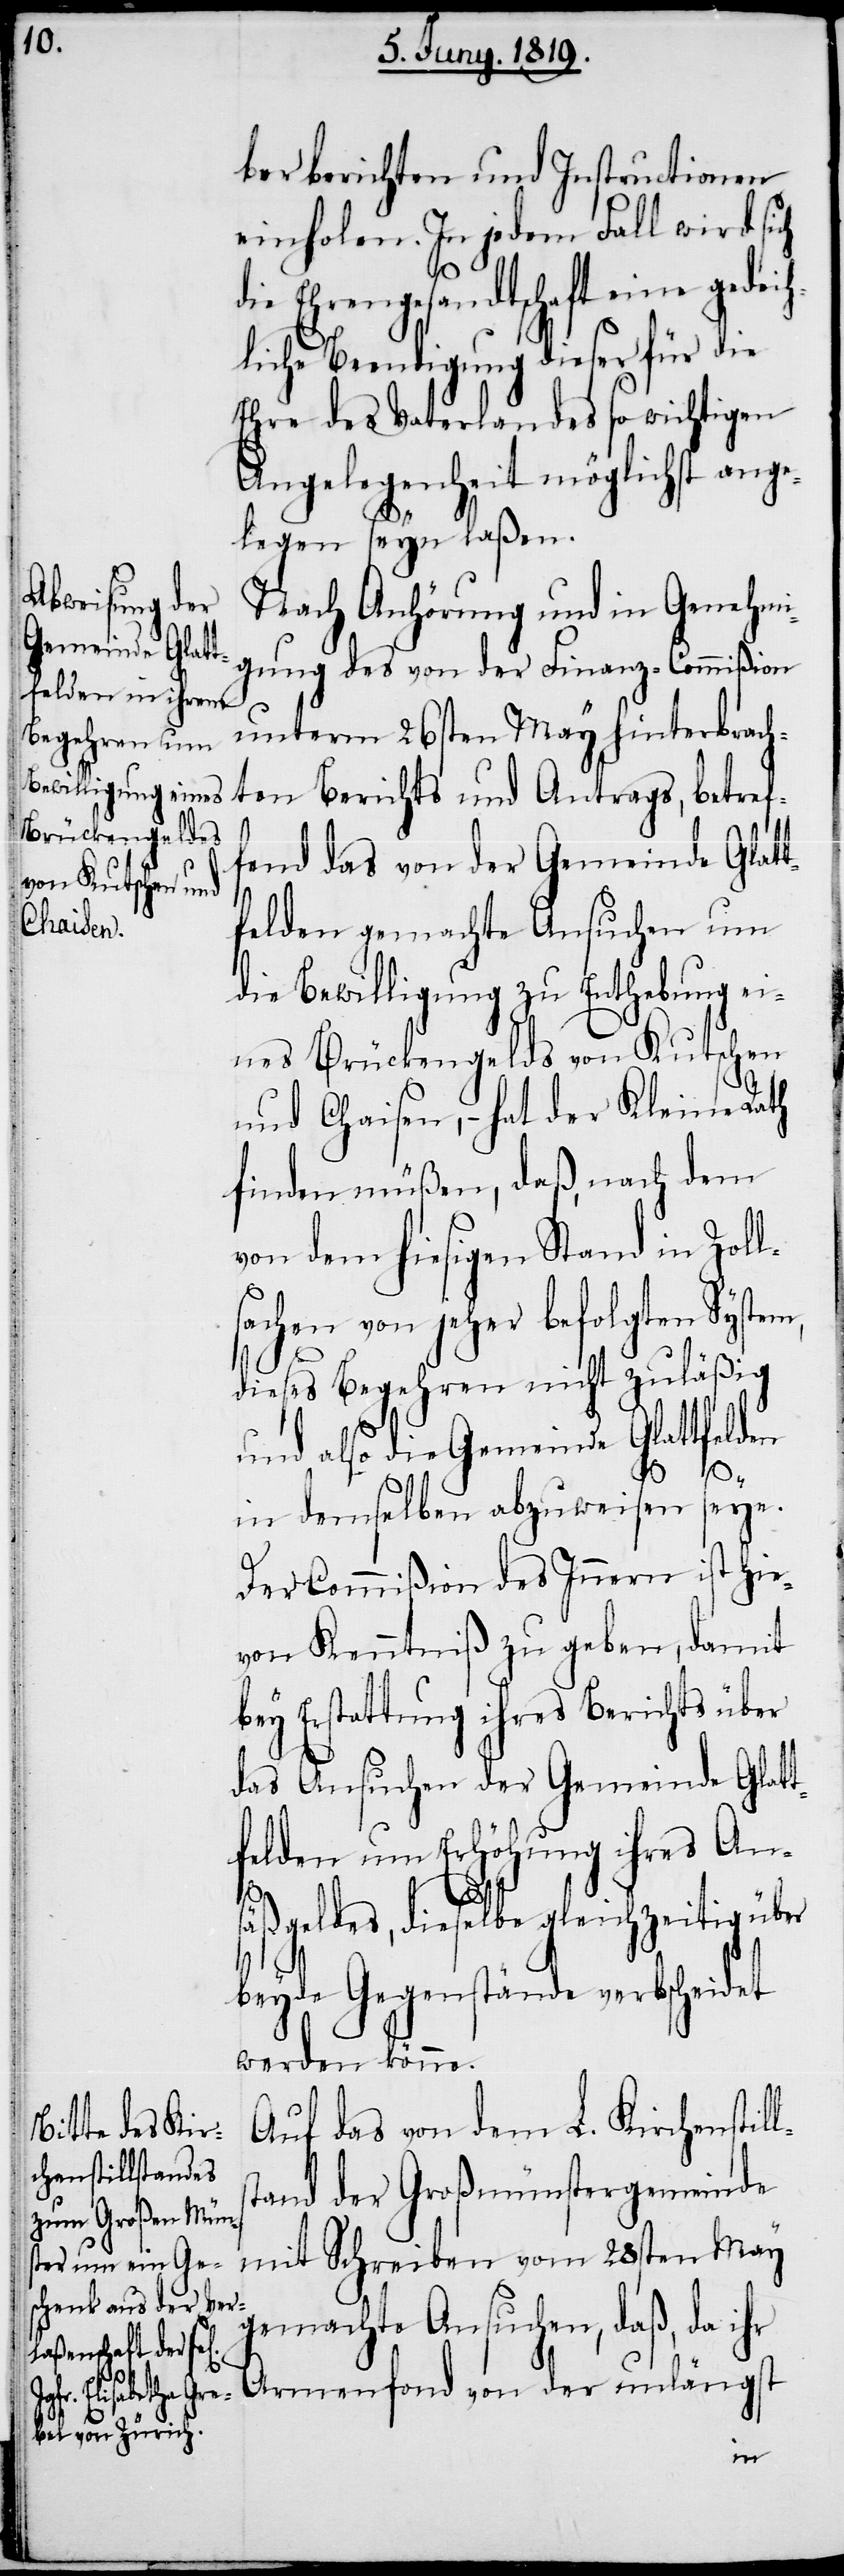
endigung dieser

einholen. In jedem Fall wird si¬
ie Ehrengesandtschaft eine ge¬
Ehre des Vaterlandes so wichtigen
Angelegenheit möglichst
ang¬
elegen seyn laßen.
Nach Anhörung und in Genehmi¬
gung des von der Finanz-Commißion
unterm 26sten May hinterbrach¬
ten Berichts und Antrags, betref¬
fend das von der Gemeinde Glat¬
tfelden gemachte Ansuchen um
die Bewilligung zu Enthebung ei¬
nes Brückengelds von Kutschen
und Chaisen, – hat der Kleine Rath
finden müßen, daß, nach dem
von dem hiesigen Stand in Zoll¬
sachen von jeher befolgten System,
dieses Begehren nicht zuläßig
und also die Gemeinde Glattfelden
in demselben abzuweisen seye.
Der Commißion des Innern ist hie¬
von Kenntniß zu geben, damit
bey Erstattung ihres Berichts über
das Ansuchen der Gemeinde Glatt¬
felden um Erhöhung ihres Ans¬
d¬
ls¬
äßgeldes, dieselbe gleichzeitig über
beyde Gegenstände verbscheidet
werden könne.
Auf das von dem L. Kirchenstil¬
tand der Großmünstergemeinde
mit Schreiben vom 28sten May
gemachte Ansuchen, daß, da ihr
Armenfond von der unlängst